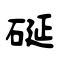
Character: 硟